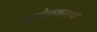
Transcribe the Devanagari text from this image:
मुधोळकरांचा